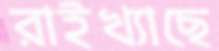
রাইখ্যাছে